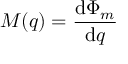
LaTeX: M ( q ) = { \frac { \mathrm { d } \Phi _ { m } } { \mathrm { d } q } }